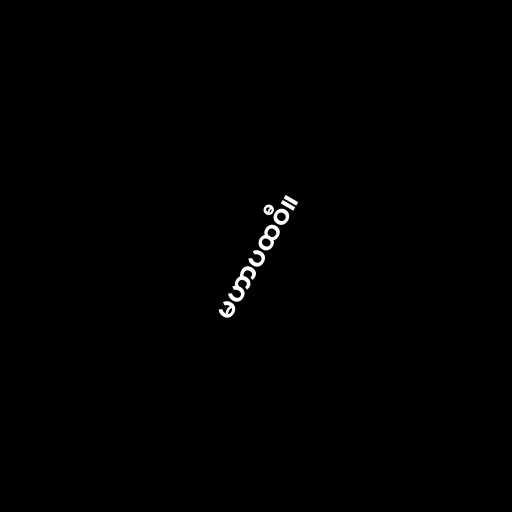
မဟာပထဝီ။